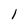
Character: 1